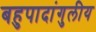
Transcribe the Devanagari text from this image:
बहुपादांगुलीय